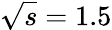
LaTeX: \sqrt{s}=1.5